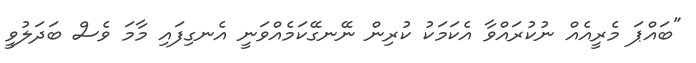
"ބައްޕަ މެރީއެއް ނުކުރައްވާ އެކަމަކު ކުރިން ނޭނގޭކަމެއްވަނީ އެނގިފައި މާމަ ވެސް ބަދަލުވީ